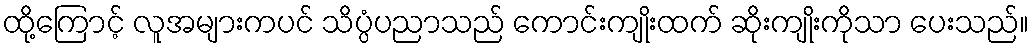
ထို့ကြောင့် လူအများကပင် သိပ္ပံပညာသည် ကောင်းကျိုးထက် ဆိုးကျိုးကိုသာ ပေးသည်။